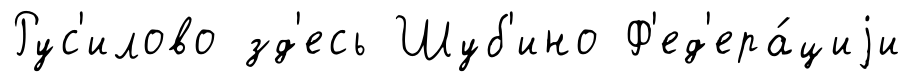
Рус'илово зд'есь Шуб'ино Ф'ед'ера́циjи